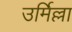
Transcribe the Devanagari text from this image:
उर्मिल्ला